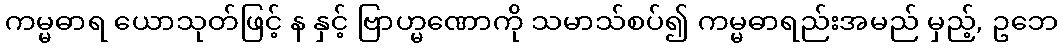
ကမ္မဓာရ ယောသုတ်ဖြင့် န နှင့် ဗြာဟ္မဏောကို သမာသ်စပ်၍ ကမ္မဓာရည်းအမည် မှည့်, ဥဘေ